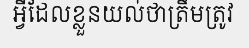
អ្វីដែលខ្លួនយល់ថាត្រឹមត្រូវ